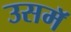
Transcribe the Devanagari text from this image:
उसमॅ